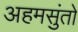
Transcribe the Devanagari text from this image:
अहमसुंतो